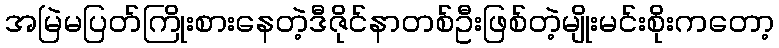
အမြဲမပြတ်ကြိုးစားနေတဲ့ဒီဇိုင်နာတစ်ဦးဖြစ်တဲ့မျိုးမင်းစိုးကတော့